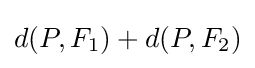
d(P,F_{1})+d(P,F_{2})